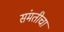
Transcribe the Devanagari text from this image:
संमतीचा